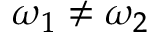
\omega _ { 1 } \neq \omega _ { 2 }